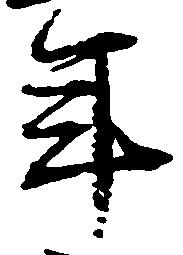
年